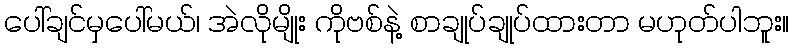
ပေါ်ချင်မှပေါ်မယ်၊ အဲလိုမျိုး ကိုဗစ်နဲ့ စာချုပ်ချုပ်ထားတာ မဟုတ်ပါဘူး။